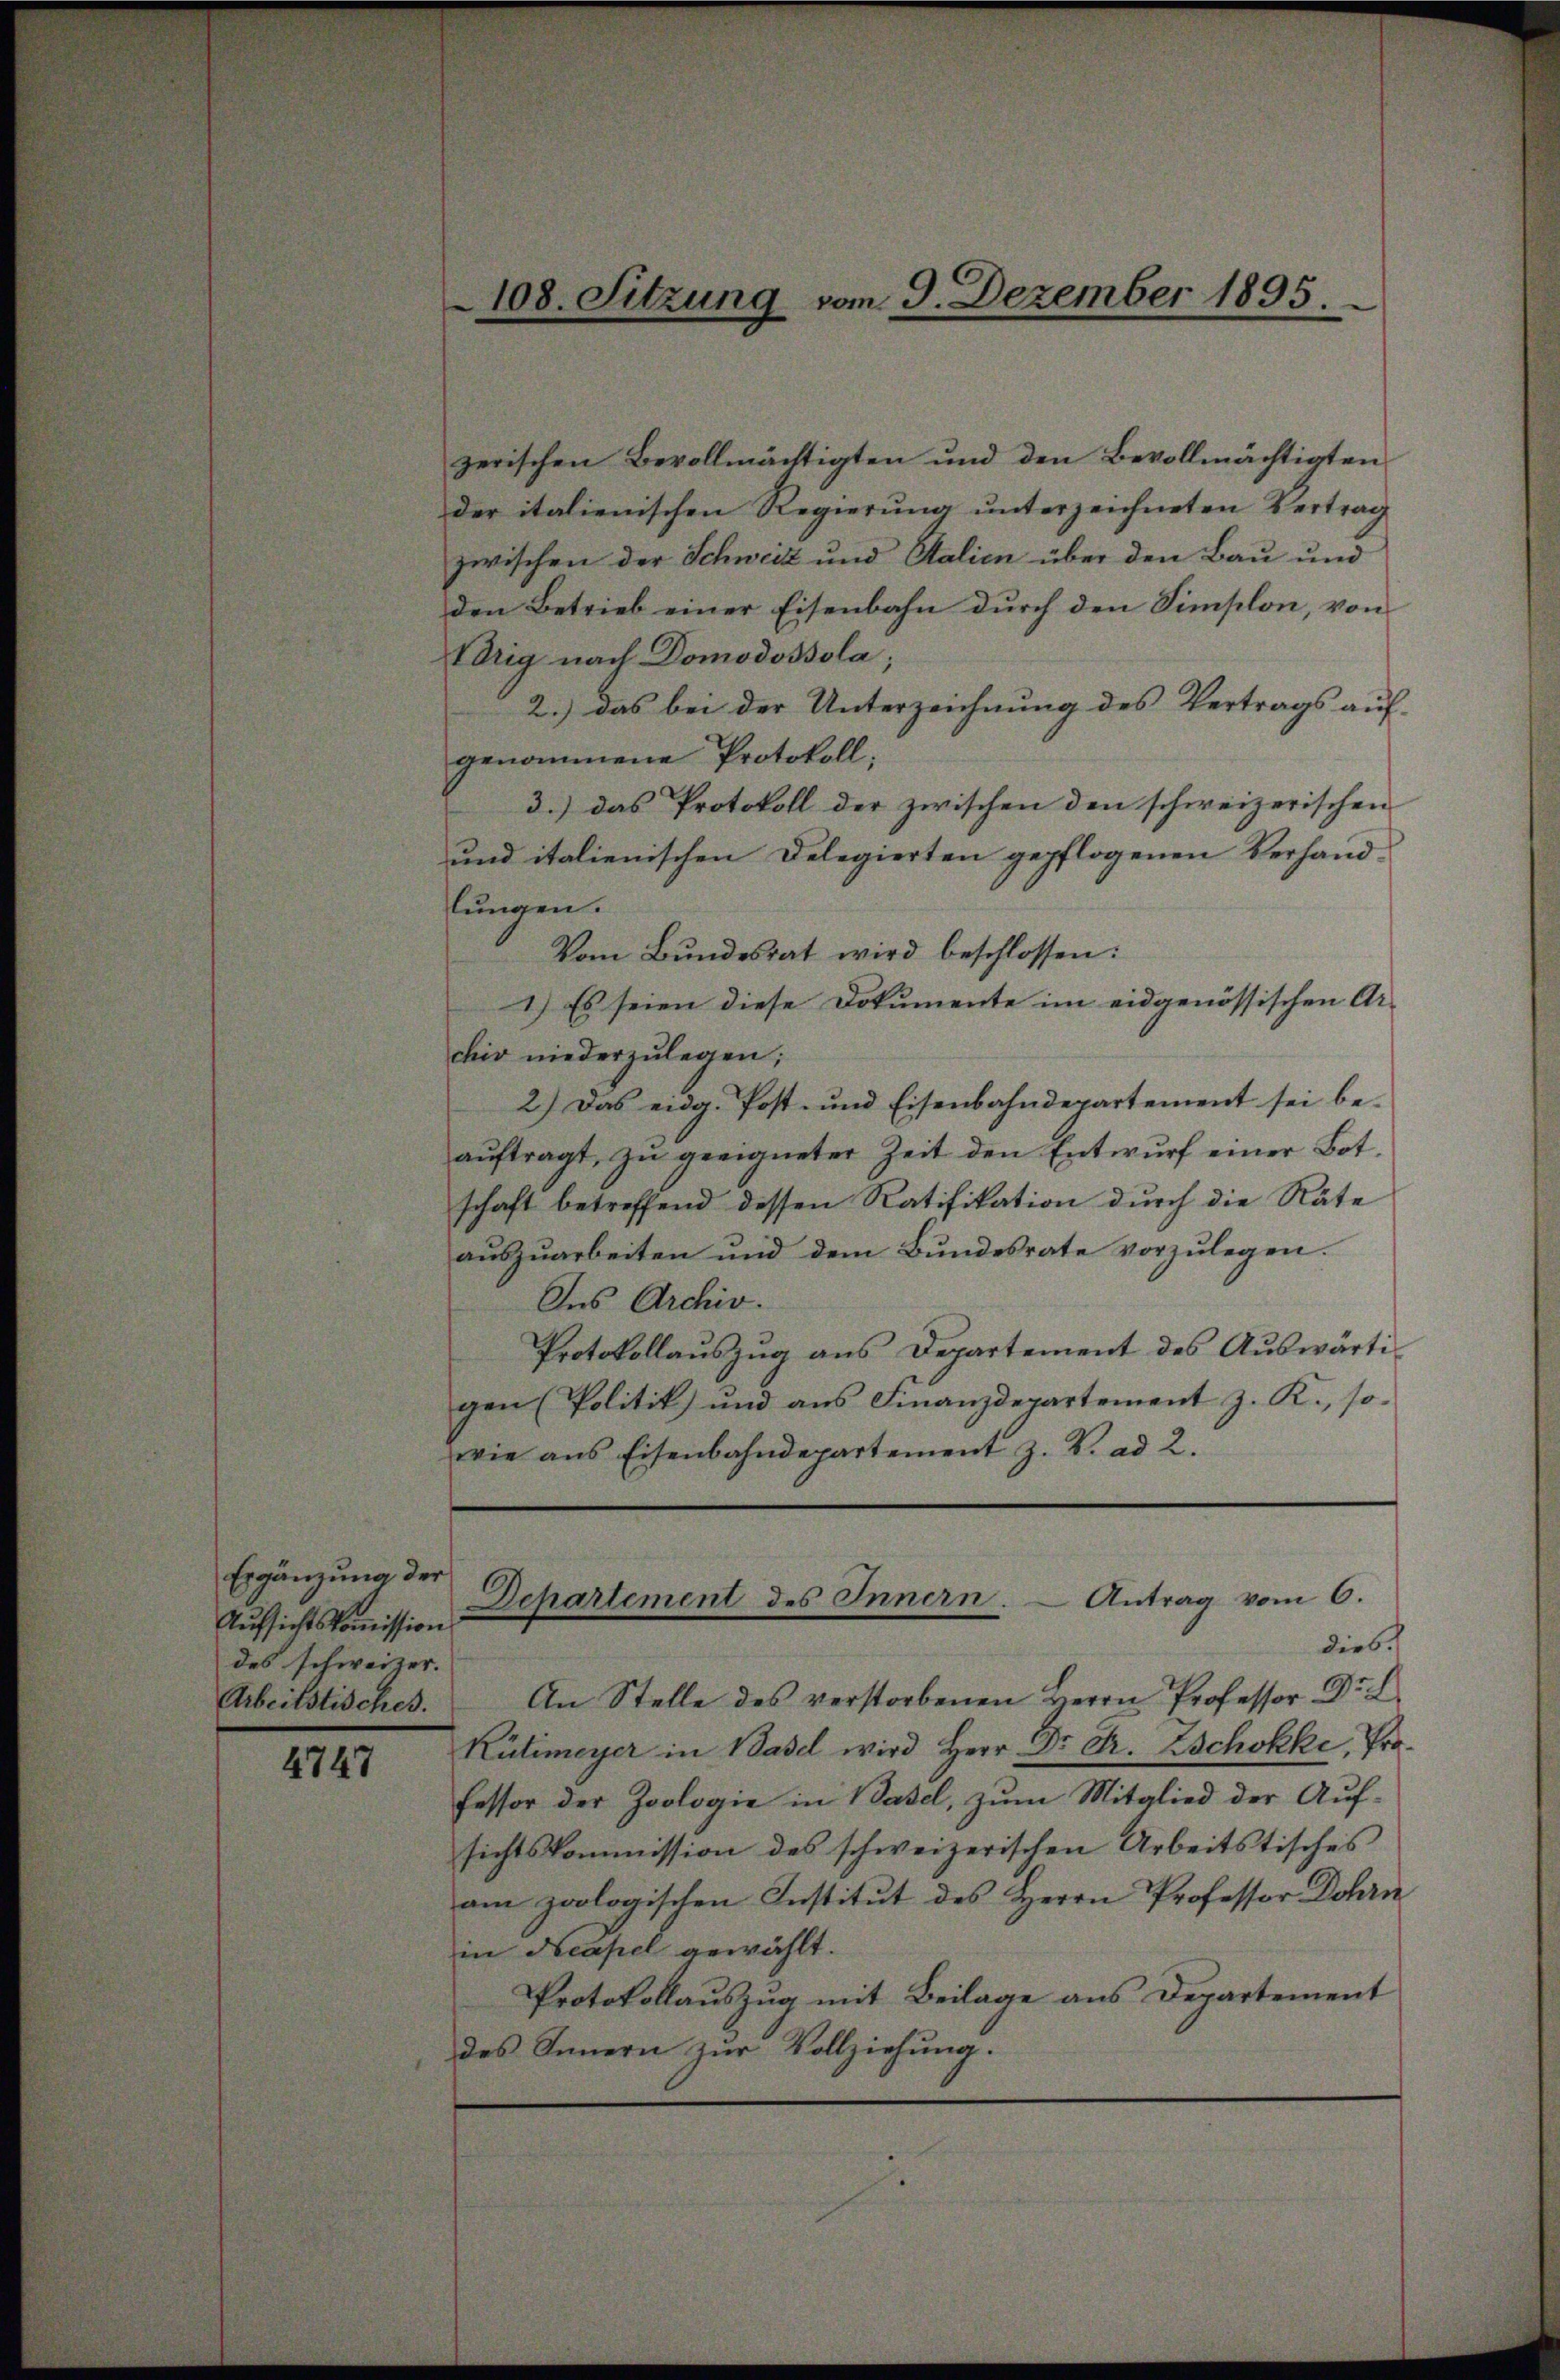
Ergänzung der
Aufsichtskommission
des schweizer.

4747

zerischen Bevollmächtigten und den Bevollmächtigten
der italienischen Regierŭng ŭnterzeichneten Vertrag
zwischen der Schweiz und Stalien über den Bau und
den Betrieb einer Eisenbahn durch den Simplon, von
Edrig nach Domodossola;
2.) Das bei der Unterzeichnung des Vertrags auf
genommene Protokoll;
3.) das Protokoll der zwischen den schweizerischen
und italienischen Delegierten gepflogenen Verhandlŭngen.
Vom Bundesrat wird beschlossen:
1.) Es seien diese Dokumente im eidgenössischen Ar-
chiv niederzulegen;
2.) Das eidg. Post- und Eisenbahndepartement sei beaŭftragt, zŭ geeigneter Zeit den Entwŭrf einer Bot-
schaft betreffend dessen Ratifikation durch die Räte
auszuarbeiten und dem Bundesrate vorzulegen.
Des Archiv.
Protokollauszug aus Departement des Auswärtigen (Politik und aus Finanzdepartement z. K., so
wie ans Eisenbahndepartement z. B. ad 2.

108. Sitzung vom 9. Dezember 1895.

dies
Arbeitstisches. An Stelle des verstorbenen Herrn Professor Dr. L
Kütimeyer in Basel wird Herr Dr. Dr. Zschokke, Professor der Zoologie in Basel, zum Mitglied der Aufsichtskommission des schweizerischen Arbeitstisches
am zoologischen Institut des Herrn Professor Dohrn
in Neapel gewählt.
Protokollauszug mit Beilage aus Departement
des Innern zur Vollziehung.

Departement des Innern. Antrag vom 6.